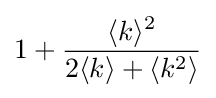
1+{\frac {\langle k\rangle ^{2}}{2\langle k\rangle +\langle k^{2}\rangle }}